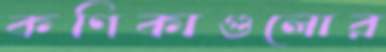
কণিকাগুলোর